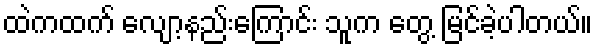
ထဲကထက် လျော့နည်းကြောင်း သူက တွေ့ မြင်ခဲ့ပါတယ်။